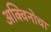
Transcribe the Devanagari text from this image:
अक्विनोचा